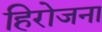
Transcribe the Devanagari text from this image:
हिरोजना